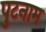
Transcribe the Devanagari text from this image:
पुटनाम